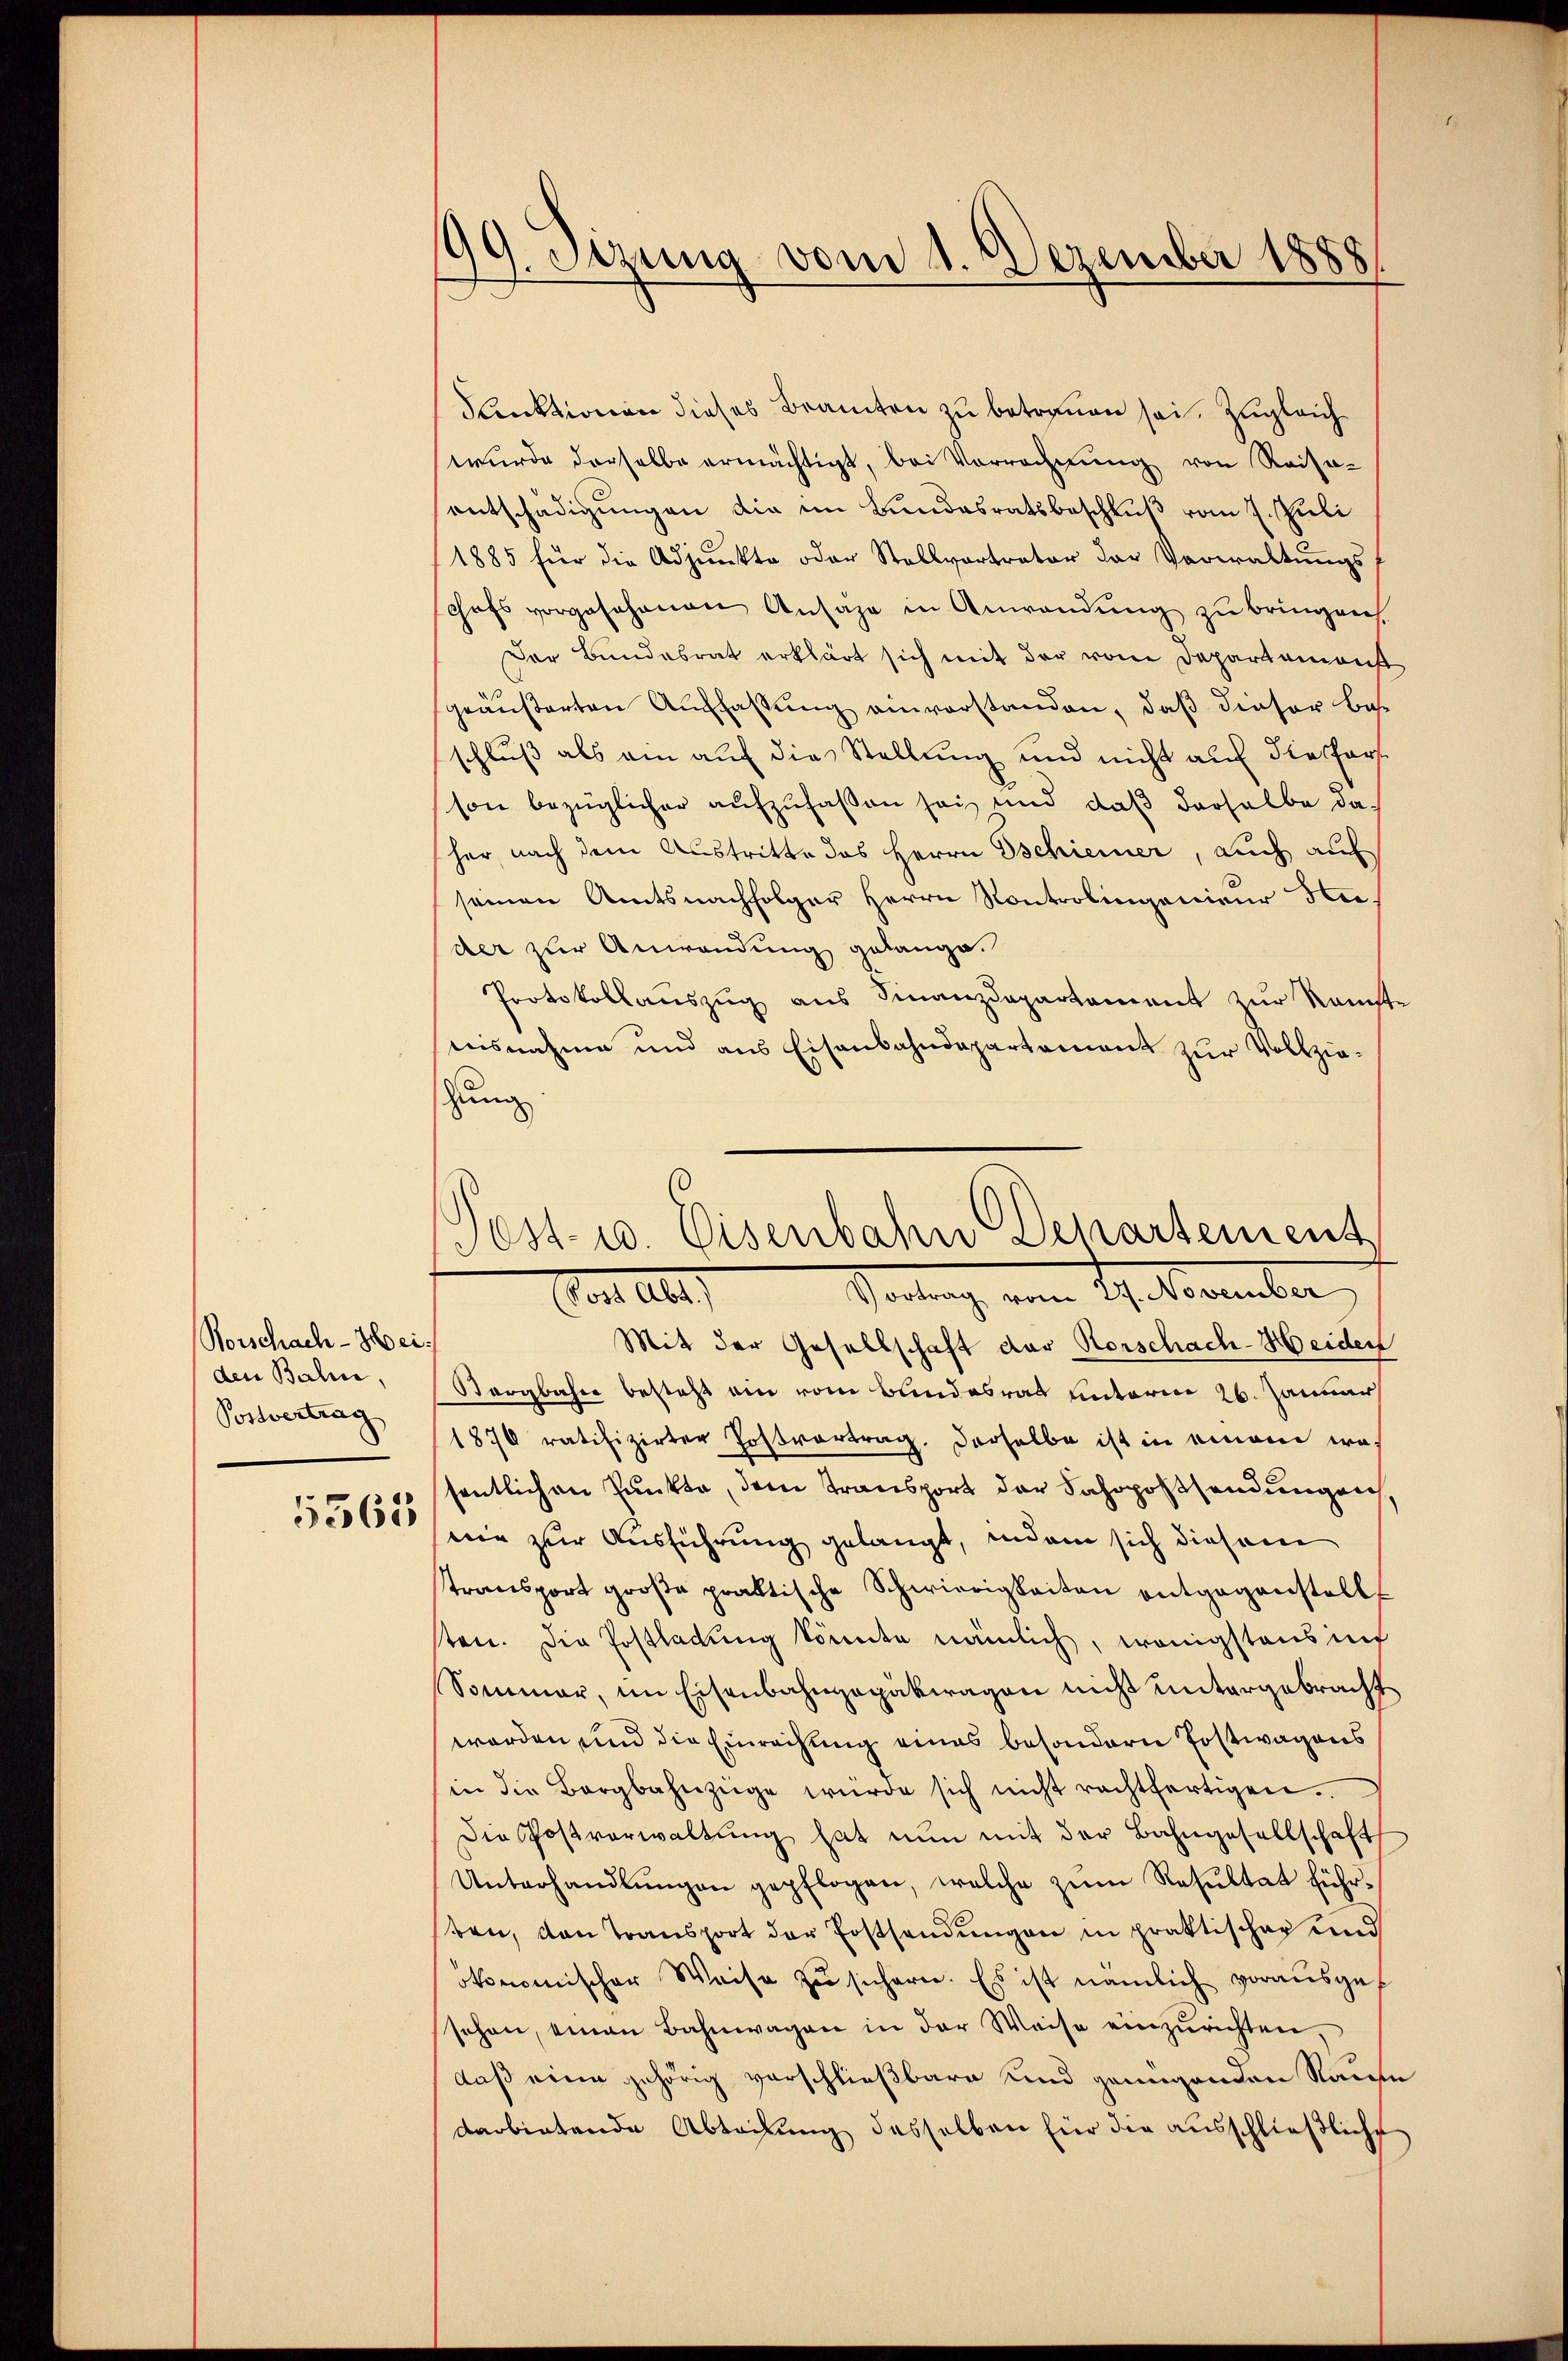
Rorschach-Hei
den Balin,
Postvertrag

5363

199. Setzung vom 1. Dezember 1888

Post- u. Eisenbahn Departement
Vorang von Se. Moember
or. Alt

Sanktionen dieses Beamten zu betrauen sei. Zugleich
wurde derselbe ermächtigt, bei Vorrechnung von Reise-
entschädigungen die im Bundesratsbeschluß vom 7. Juli
1885 für die Adjunkte oder Stellvortrator der Verwaltŭngs-
chefs vorgesehenen Ansage in Anwendung zu bringen.
Der Bundesrat erklärt sich mit der von Departemonst
geäußerten Auffassung einvorstanden, daß dieser Bes
schluß als ein auf die Stellung und nicht auf die Fors
son bezüglicher aufzufaßen sei und daβ derselbe da
her, nach dem Austritte das Herrn Gschiener, auch auf
seinen Amtsnachfolger Herrn Kontrolingenieur He
der zur Anwendung gelange.
Protokollauszug aus Finanzdepartement zur Ramste
nisnahme und aus Eisenbahndepartement zur Vollziehung
Mit der Gesellschaft der Vorschach-Heiden
Storgbahn besteht ein vom Bundesrat unterm 26. Januar
1870 ratifizirter Postvertrag. Derselbe ist in einem wa-
sentlichen Punkte, dem Transport der Fahrposssendungen
nie zur Ausführung gelangt, indem sich diesem
transport große praktische Schwierigkeiten entgegenstellt
ten. Die Postladung könnte nämlich, wenigstens inf
Sommer, im Eisenbahngepakwagen nicht untergebracht
worden und die Einrechung eines besondern Postwagens
in die Bergbahnzüge würde sich nicht rechtfertigen.
Die Postverwaltung hat nun mit der Bahngesellschaft
Unterhandlŭngen gepflogen, welche zum Resultat führben, von Transport der Erstsendungen in praktischer und
okonomischer Weise zŭ sichern. Es ist nämlich vorausge-
sehen, einen Bahnwagen in der Weise einzurichten,
daß eine gehörig verschließbare und genügenden Raufe
darbietende Abteilung desselben für die ausschließlich